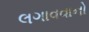
લગાવવાનો